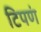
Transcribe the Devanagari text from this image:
टिपणं